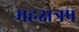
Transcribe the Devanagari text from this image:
महक्षत्रप